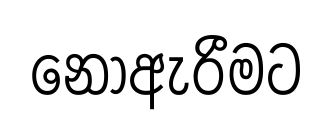
නොඇරීමට